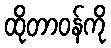
ထိုတာဝန်ကို